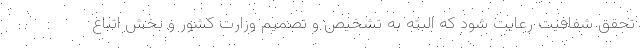
تحقق شفافیت رعایت شود که البته به تشخیص و تصمیم وزارت کشور و بخش اتباع